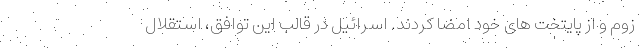
زوم و از پایتخت های خود امضا کردند. اسرائیل در قالب این توافق، استقلال